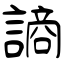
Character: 謪